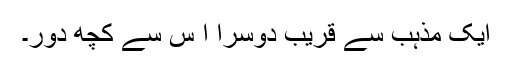
ایک مذہب سے قریب دوسرا ا س سے کچھ دور۔